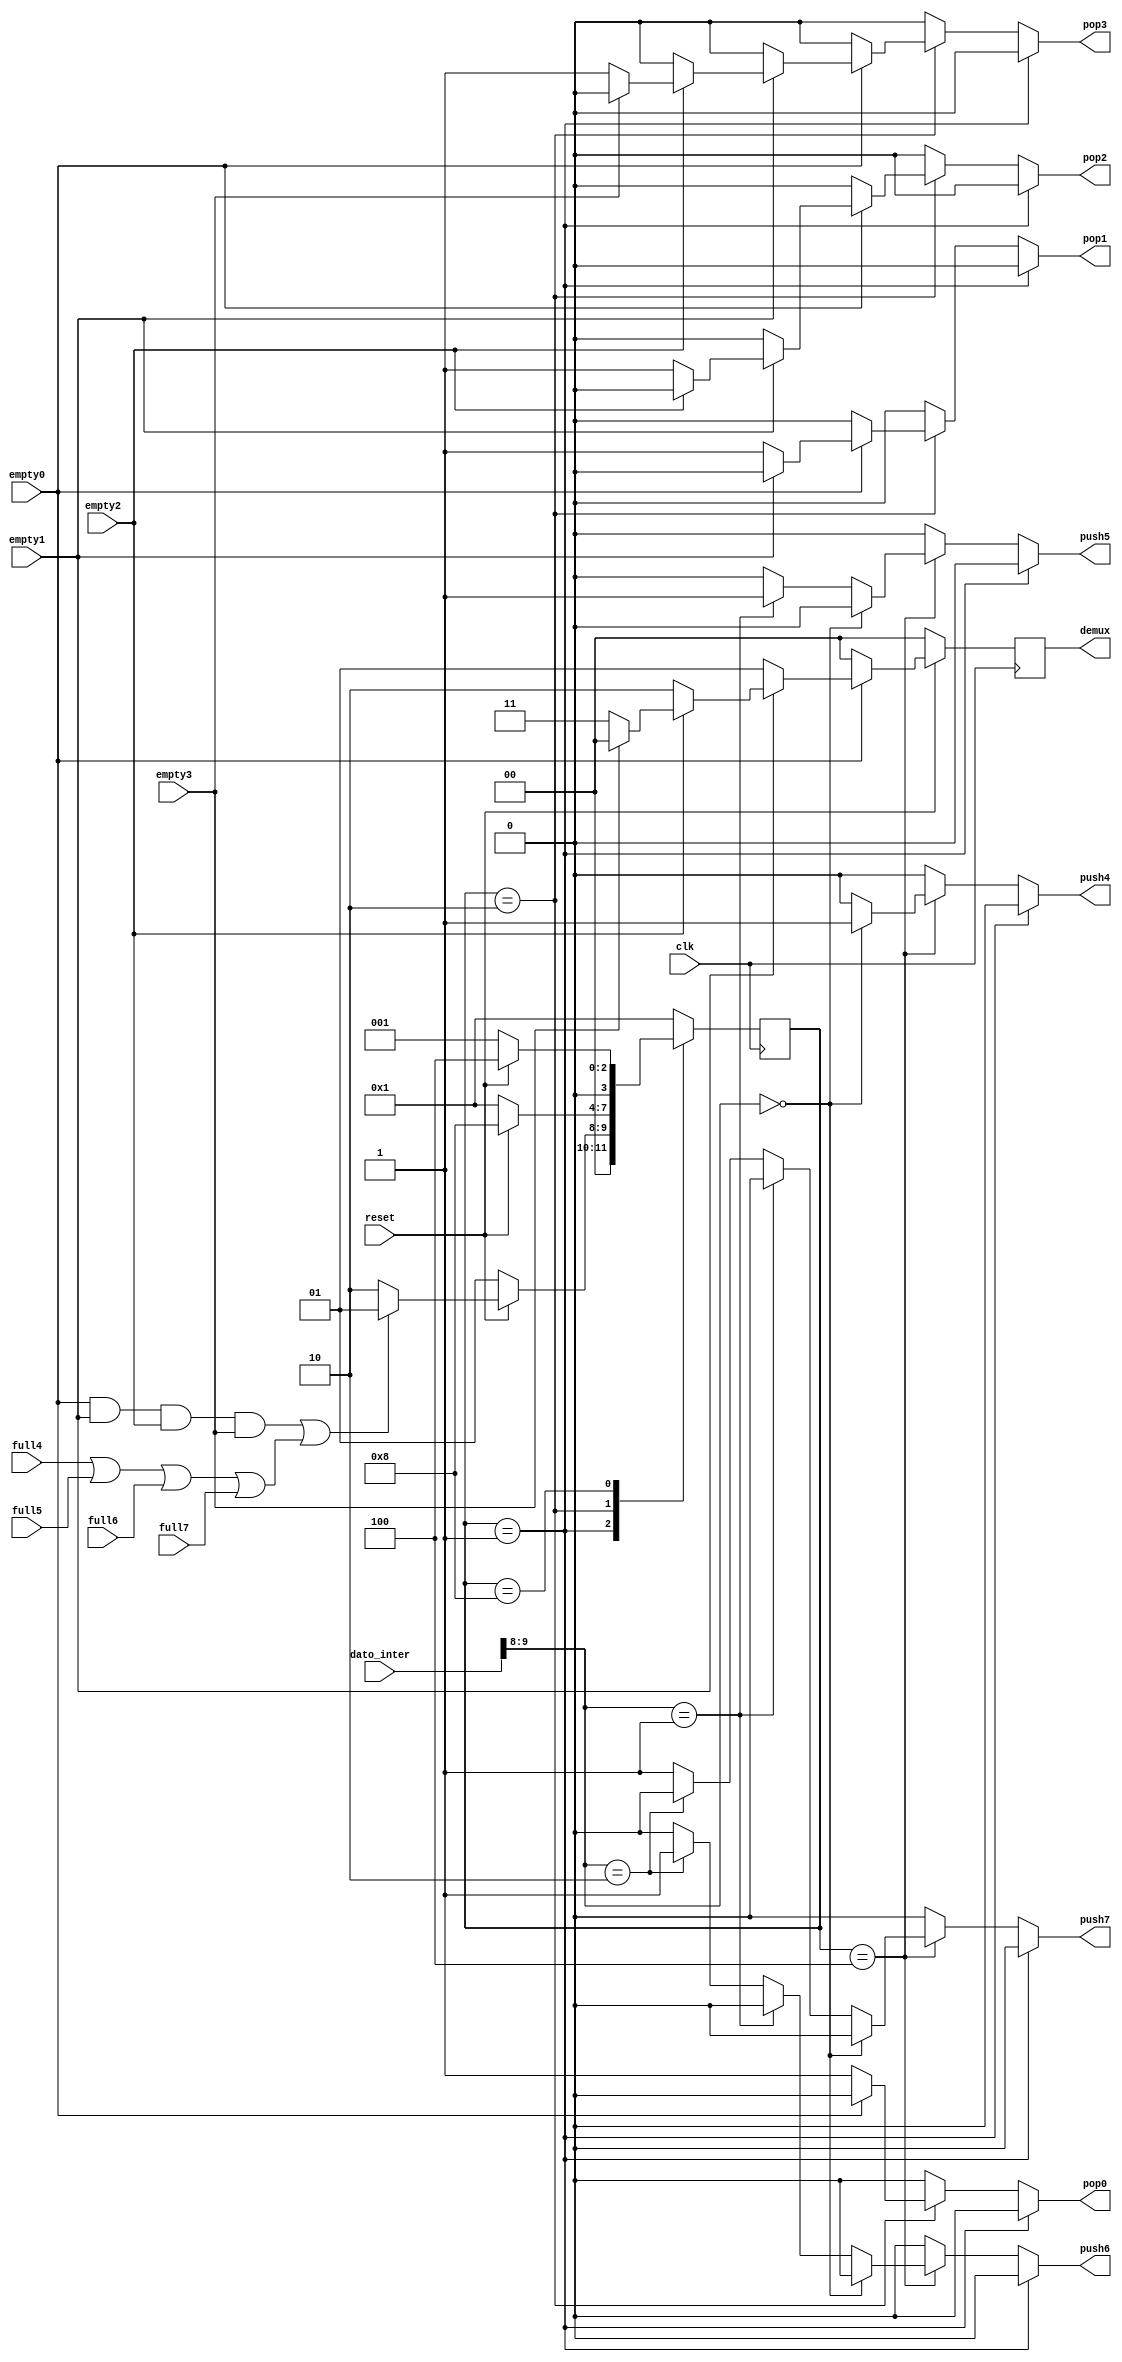
/* ARBITRO FINAL REALIZADO POR:
 * FREDDY ZUNIGA PARA EL PROYECTO 2 DE CIRCUITOS DIGITALES II
 * I SEMESTRE 2021 UNIVERSIDAD DE COSTA RICA */

module arbitro( output reg       pop0, pop1, pop2, pop3,
		output reg 	 push4, push5, push6, push7,
		output reg [1:0] demux,
		input wire 	 empty0, empty1, empty2, empty3,
		input wire 	 full4, full5, full6, full7,
		input wire [9:0] dato_inter,
		input wire 	 reset, clk );

   parameter 			 WAIT = 4'b0001;
   parameter 			 POP = 4'b0010;
   parameter 			 PUSH = 4'b0100;
   parameter 			 TRAN = 4'b1000;
   
   reg [3:0] 			 state, next_state;
   wire 			 all_empty, any_full;
   wire [1:0] 			 destino;
   assign destino = dato_inter[9:8];
   
   
   assign all_empty = empty0 & empty1 & empty2 & empty3;
   assign any_full = full4 | full5 | full6 | full7;
   
   

   always @( posedge clk ) begin
      state <= next_state;
   end

   always @( * ) begin
      case( state )
	 WAIT:
	   if( !reset ) begin
	      next_state = WAIT;
	   end
	   else begin
	      if( all_empty || any_full ) begin
		 next_state = WAIT;
	      end
	      else begin
		 next_state = POP;
	      end
	   end // else: !if( !reset )
	 POP:
	   if( !reset ) begin
	      next_state = WAIT;
	   end
	   else begin
	      next_state = TRAN;
	   end
	 TRAN:
	   if( !reset ) begin
	      next_state = WAIT;
	   end
	   else begin
	      next_state = PUSH;
	   end	
	 PUSH:
	   next_state = WAIT;
	 default: 
	   next_state = WAIT;
      endcase // case ( state )
   end // always @ ( * )

   always @( * ) begin
	 pop0 = 1'b0;
	 pop1 = 1'b0;
	 pop2 = 1'b0;
	 pop3 = 1'b0;
	 //demux = 2'b00;
      if( state == WAIT ) begin
	 pop0 = 1'b0;
	 pop1 = 1'b0;
	 pop2 = 1'b0;
	 pop3 = 1'b0;
	 //demux = 2'b00;
      end // if ( state == WAIT )
      else if( state == POP ) begin
	 if( !empty0 ) begin
	    pop0 = 1'b1;
	    //demux = 2'b00;
	 end
	 else begin
	    if( !empty1 ) begin
	       pop1 = 1'b1;
	       //demux = 2'b01;
	    end
	    else begin
	       if( !empty2 ) begin
		  pop2 = 1'b1;
		  //demux = 2'b10;
	       end
	       else begin
		  if( !empty3 ) begin
		     pop3 = 1'b1;
		     //demux = 2'b11;
		  end
		  else begin
		     pop3 = 1'b0;
		     //demux = 2'b00;
		  end
	       end // else: !if( !empty2 )
	    end // else: !if( !empty1 )
	 end // else: !if( !empty0 )
      end // if ( state == POP )
      else begin
	 //demux = demux;
	 pop0 = 1'b0;
	 pop1 = 1'b0;
	 pop2 = 1'b0;
	 pop3 = 1'b0;
      end
	 
   end // always @ ( * )

   
   always @( posedge clk ) begin: DEMUX0_LOGIC
      if( !reset ) begin
	 demux <= 2'b00;
      end
      else begin
	 if( !empty0 ) begin
	    demux <= 2'b00;
	 end
	 else begin
	    if( !empty1 ) begin
	       demux <= 2'b01;
	    end
	    else begin
	       if( !empty2 ) begin
		  demux <= 2'b10;
	       end
	       else begin
		  if( !empty3 ) begin
		     demux <= 2'b11;
		  end
		  else begin
		     demux <= 2'b00;
		  end
	       end // else: !if( !empty2 )
	    end // else: !if( !empty1 )
	 end // else: !if( !empty0 )
      end // else: !if( !reset )
   end // block: DEMUX0_LOGIC
   
	       
   always @( * ) begin
      if( state == WAIT ) begin //// wait = 1
 	 push4 = 1'b0;
	 push5 = 1'b0;
	 push6 = 1'b0;
	 push7 = 1'b0;
      end
      else if( state == PUSH ) begin /// push = 4
	 if( destino == 2'b00 ) begin
	    push4 = 1'b1;
	    push5 = 1'b0;
	    push6 = 1'b0;
	    push7 = 1'b0;
	 end
	 else if( destino == 2'b01 ) begin
	    push4 = 1'b0;
	    push5 = 1'b1;
	    push6 = 1'b0;
	    push7 = 1'b0;
	 end
	 else if( destino == 2'b10 ) begin
	    push4 = 1'b0;
	    push5 = 1'b0;
	    push6 = 1'b1;
	    push7 = 1'b0;
	 end
	 else begin
	    push4 = 1'b0;
	    push5 = 1'b0;
	    push6 = 1'b0;
	    push7 = 1'b1;
	 end // else: !if( destino == 2'b10 )
      end // if ( state == PUSH )
      else begin
	 push4 = 1'b0;
	 push5 = 1'b0;
	 push6 = 1'b0;
	 push7 = 1'b0;
      end // else: !if( state == PUSH )
   end // 	   

	 
	     
endmodule // arbitro